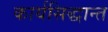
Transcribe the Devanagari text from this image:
कार्यसिद्धान्त